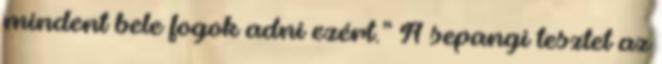
mindent bele fogok adni ezért.” A sepangi tesztet az